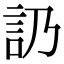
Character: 䚮